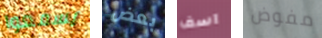
يسمعوا بعض اسف مفوض